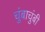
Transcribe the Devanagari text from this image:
चुंबाचुंबी